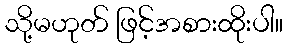
သို့မဟုတ် ဖြင့်အစားထိုးပါ။